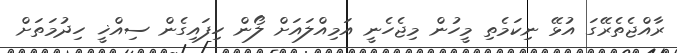
ރާއްޖެތެރޭގަ އުޅޭ ނިކަމެތި މީހުން މިޖެހެނީ އަމިއްލައަށް ލޯން ހިފައިގެން ސިއްޚީ ހިދުމަތަށް